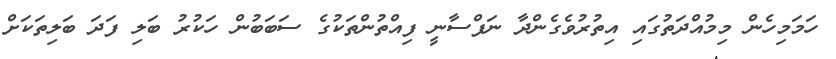
ހަމަމިހެން މިމުއްދަތުގައި އިތުރުވެގެންދާ ނަފްސާނީ ފިއްތުންތަކުގެ ސަބަބުން ހަކުރު ބަލި ފަދަ ބަލިތަކަށް